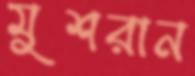
মুশরান